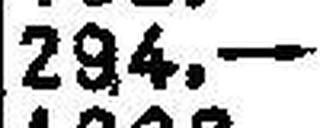
294.—